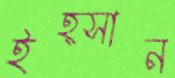
ইহ্সান